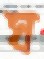
ঘ